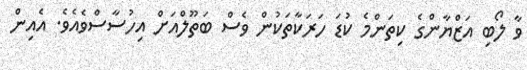
ވާ ލޯބި އަޒްޔާންގެ ކިތަންމެ ކުޑަ ހަރަކާތަކުން ވެސް ބަތޫލްއަށް އިހުސާސްވެއެވެ. އެއިން